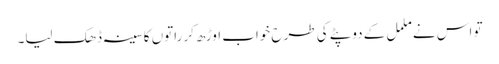
تو اس نے ململ کے دوپٹے کی طرح خواب اوڑھ کر راتوں کا سینہ ڈھک لیا۔